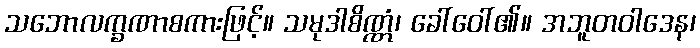
သဘောလက္ခဏာစကားဖြင့်။ သမုဒါစိဏ္ဏံ၊ ခေါ်ဝေါ်၏။ အဘူတဝါဒေန၊